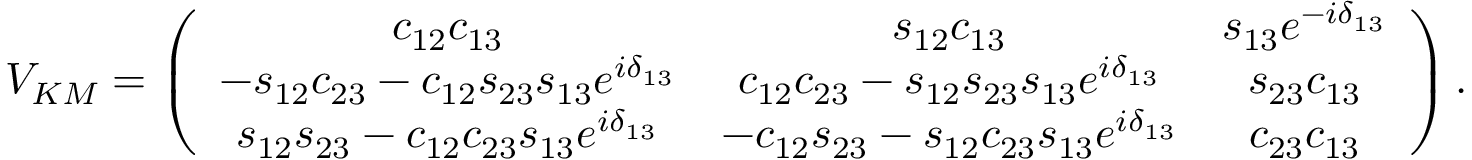
V _ { K M } = \left( \begin{array} { c c c } { { c _ { 1 2 } c _ { 1 3 } } } & { { s _ { 1 2 } c _ { 1 3 } } } & { { s _ { 1 3 } e ^ { - i \delta _ { 1 3 } } } } \\ { { - s _ { 1 2 } c _ { 2 3 } - c _ { 1 2 } s _ { 2 3 } s _ { 1 3 } e ^ { i \delta _ { 1 3 } } } } & { { c _ { 1 2 } c _ { 2 3 } - s _ { 1 2 } s _ { 2 3 } s _ { 1 3 } e ^ { i \delta _ { 1 3 } } } } & { { s _ { 2 3 } c _ { 1 3 } } } \\ { { s _ { 1 2 } s _ { 2 3 } - c _ { 1 2 } c _ { 2 3 } s _ { 1 3 } e ^ { i \delta _ { 1 3 } } } } & { { - c _ { 1 2 } s _ { 2 3 } - s _ { 1 2 } c _ { 2 3 } s _ { 1 3 } e ^ { i \delta _ { 1 3 } } } } & { { c _ { 2 3 } c _ { 1 3 } } } \end{array} \right) .